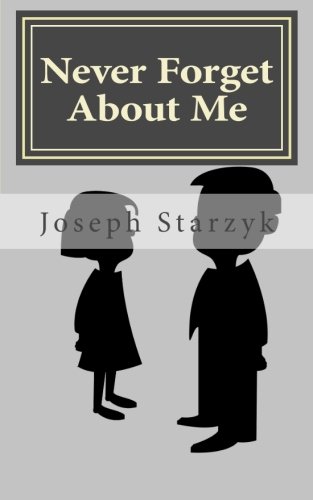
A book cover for Never Forget About Me; Joseph Starzyk; Literature & Fiction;